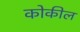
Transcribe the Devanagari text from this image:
कोकील